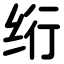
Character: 绗